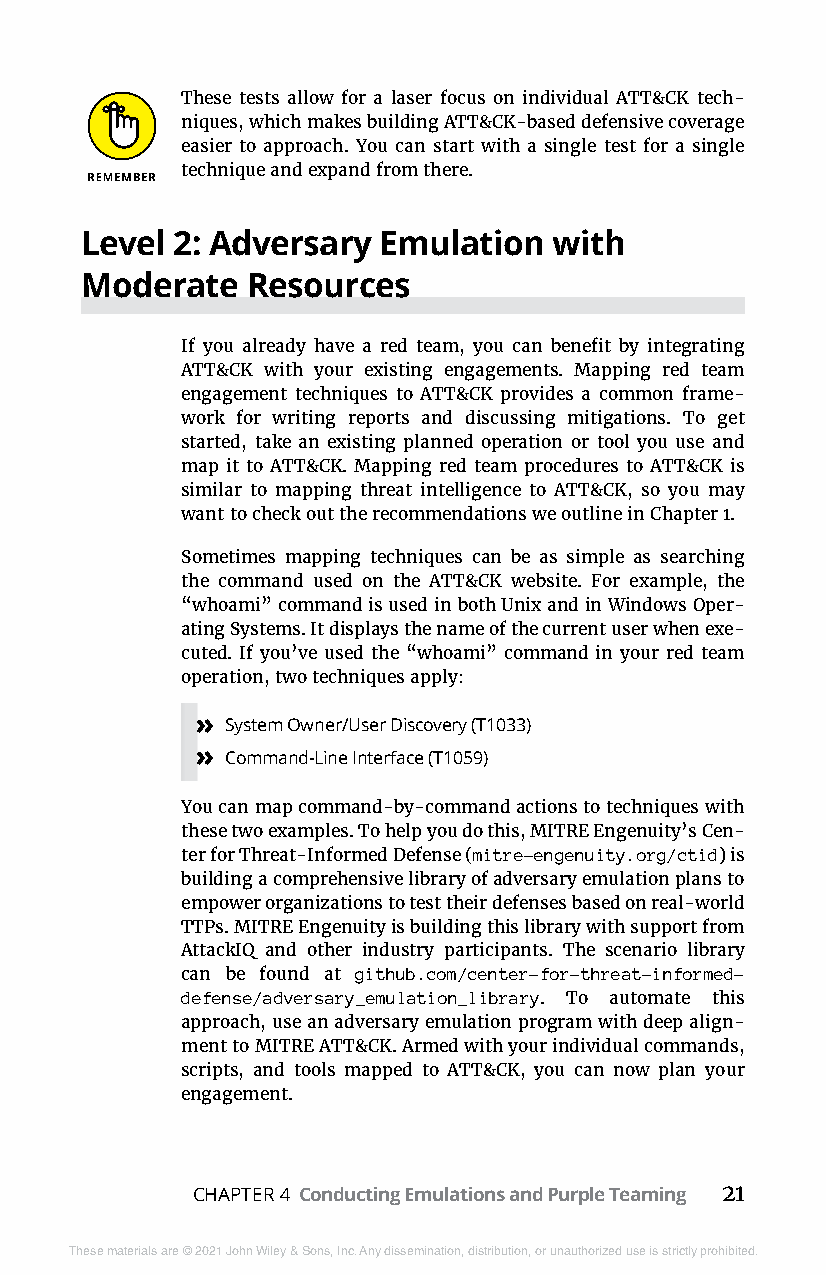
These tests allow for a laser focus on individual ATT&CK tech-
 niques, which makes building ATT&CK-based defensive coverage
 easier to approach. You can start with a single test for a single
 technique and expand from there.
 Level 2: Adversary  Emulation   with
 Moderate   Resources
 If you already have a red team, you can benefit by integrating
 ATT&CK with your existing engagements. Mapping red team
 engagement techniques to ATT&CK provides a common frame-
 work for writing reports and discussing mitigations. To get
 started, take an existing planned operation or tool you use and
 map it to ATT&CK. Mapping red team procedures to ATT&CK is
 similar to mapping threat intelligence to ATT&CK, so you may
 want to check out the recommendations we outline in Chapter 1.
 Sometimes mapping techniques can be as simple as searching
 the command used on the ATT&CK website. For example, the
 “whoami” command is used in both Unix and in Windows Oper-
 ating Systems. It displays the name of the current user when exe-
 cuted. If you’ve used the “whoami” command in your red team
 operation, two techniques apply:
 » System Owner/User Discovery (T1033)
 » Command-Line Interface (T1059)
 You can map command-by-command actions to techniques with
 these two examples. To help you do this, MITRE Engenuity’s Cen-
 ter for Threat-Informed Defense (mitre-engenuity.org/ctid) is
 building a comprehensive library of adversary emulation plans to
 empower organizations to test their defenses based on real-world
 TTPs. MITRE Engenuity is building this library with support from
 AttackIQ and other industry participants. The scenario library
 can be found at github.com/center-for-threat-informed-
 defense/adversary_emulation_library. To automate this
 approach, use an adversary emulation program with deep align-
 ment to MITRE ATT&CK. Armed with your individual commands,
 scripts, and tools mapped to ATT&CK, you can now plan your
 engagement.
 CHAPTER 4 Conducting Emulations and Purple Teaming 21
 These materials are © 2021 John Wiley & Sons, Inc. Any dissemination, distribution, or unauthorized use is strictly prohibited.